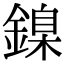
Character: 鎳